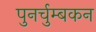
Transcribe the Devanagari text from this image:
पुनर्चुम्बकन